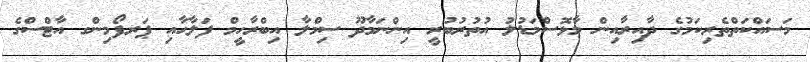
މަސައްކަތްތެރިކަމުގެ ދާއިރާއިން މާޅޮސްމަޑުލު އުތުރުބުރީ އިންނަމާދޫ ސިމްލާ އިބްރާހީމް ފަލާޙާއި ޕަރފޯމިންގ އާޓްސްގެ